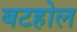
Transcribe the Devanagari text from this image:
बटहोल